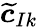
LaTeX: {\boldsymbol{\widetilde{c}}}_{Ik}